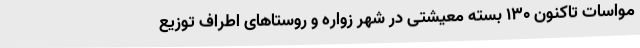
مواسات تاکنون 130 بسته معیشتی در شهر زواره و روستاهای اطراف توزیع